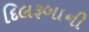
દિલરૂબાની